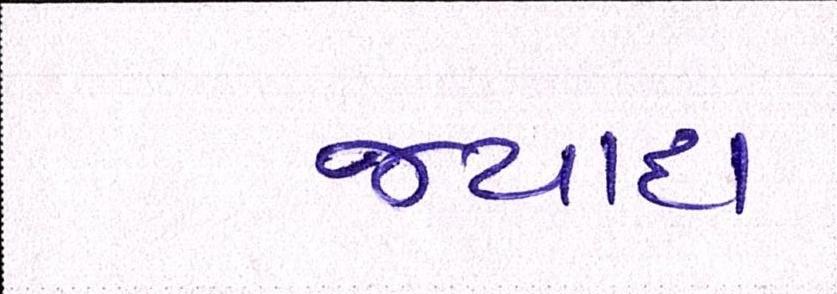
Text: જ્યાદા